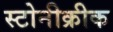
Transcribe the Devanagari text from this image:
स्टोनीक्रीक